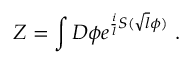
Z = \int { \cal D } \phi e ^ { { \frac { i } { l } } S ( \sqrt { l } \phi ) } ~ .